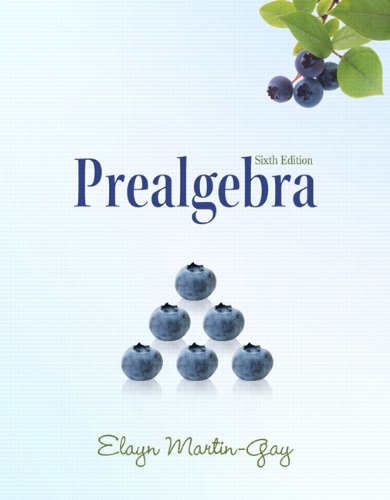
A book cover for Prealgebra (6th Edition) (The Martin-Gay Paperback Series); Elayn Martin-Gay; Science & Math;